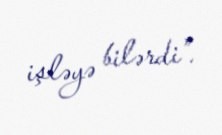
işləyə bilərdi”.